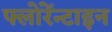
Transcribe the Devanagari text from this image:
फ्लोरेंन्टाइन